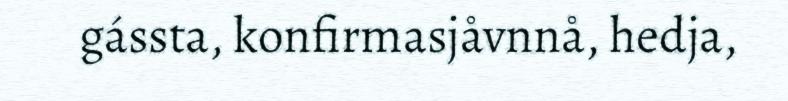
gássta, konfirmasjåvnnå, hedja,